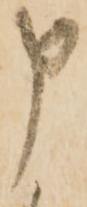
申